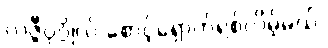
လဇ္ဇီပုဂ္ဂိုလ် စောင့်ရှောက်ရစ်လိမ့်မယ်,